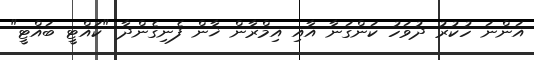
އަންނަ ހުކުރު ދުވަހު ކަންގަނާ އާއި އިމްރާން ޚާން ފެނިގެންދާ "ކައްޓީ ބައްޓީ"